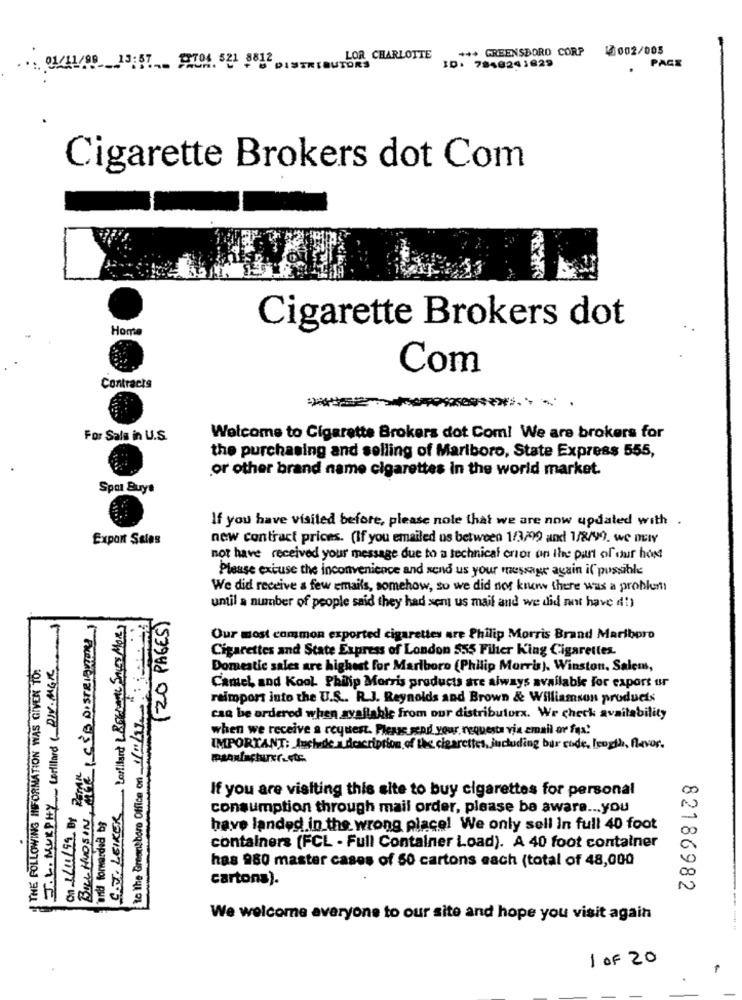
+++ GREENSBORO CORP
15002/005
LOR CHARLOTTE
PAGE
01/11/99 13:57 9TO1 821 8812 DISTRIBUTORS
ID: 7840241829
Cigarette Brokers dot Com
Home
Cigarette Brokers dot
Com
Contracts
For Sale in U.S.
Welcome to Cigarette Brokers dot Com! We are brokers for
the purchasing and selling of Mariboro, State Express 555,
or other brand name cigarettes in the world market.
Spor Buys
If you have visited before, please note that we are now updated with
Export Sales
new contract prices. (If you emailed us between 1/3/99 and 1/8/99. we DIY
not have received your message due to a technical onor on the part of our hot
Please excuse the inconvenience and send us your message again il possible
We did receive a few emails, somehow, so we did not know there was a problem
until a number of people said they had sent us mail and we did not have di)
CAT. LEIKER Lorillant & Reciente SALES More)
(20 PAGES)
to the Greensboro Office on 1/1/17
Our most common exported cigarettes are Philip Morris Brand Maribpro
Cigarettes and State Express of London 555 Filter King Cigarettes.
THE FOLLOWING INFORMATION WAS GIVEN TO
J.L. MURPHY Lorillard (DIV. MGR
Domestic sales are highest for Marlboro (Philip Morris), Winston, Salem,
Camel and Kool. Philip Morris products are always available for export ur
reimpors into the U.S .. R.J. Reynolds and Brown & Williamson products
can be ordered when available from our distributorx. We check availability
when we receive a request. Please send your requesta via email or fa!
IMPORTANT: Include a description of the cigarettes, jucluding bar code, length, flavor.
If you are visiting this site to buy cigarettes for personal
BILL HUDSON
anti forwarded by
consumption through mail order, please be aware ... you
have landed in the wrong place! We only sell In full 40 foot
containers (FCL - Full Container Load). A 40 foot container
has 980 master cases of 50 cartons each (total of 48,000
cartons).
82186982
We welcome averyone to our site and hope you visit again
1 OF 20